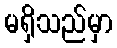
မရှိသည်မှာ